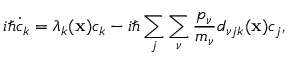
i \hbar \dot { c } _ { k } = \lambda _ { k } ( \mathbf { x } ) c _ { k } - i \hbar \sum _ { j } \sum _ { \nu } \frac { p _ { \nu } } { m _ { \nu } } d _ { \nu j k } ( \mathbf { x } ) c _ { j } ,